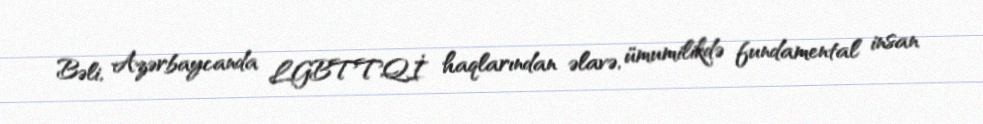
Bəli, Azərbaycanda LGBTTQİ haqlarından əlavə, ümumilikdə fundamental insan